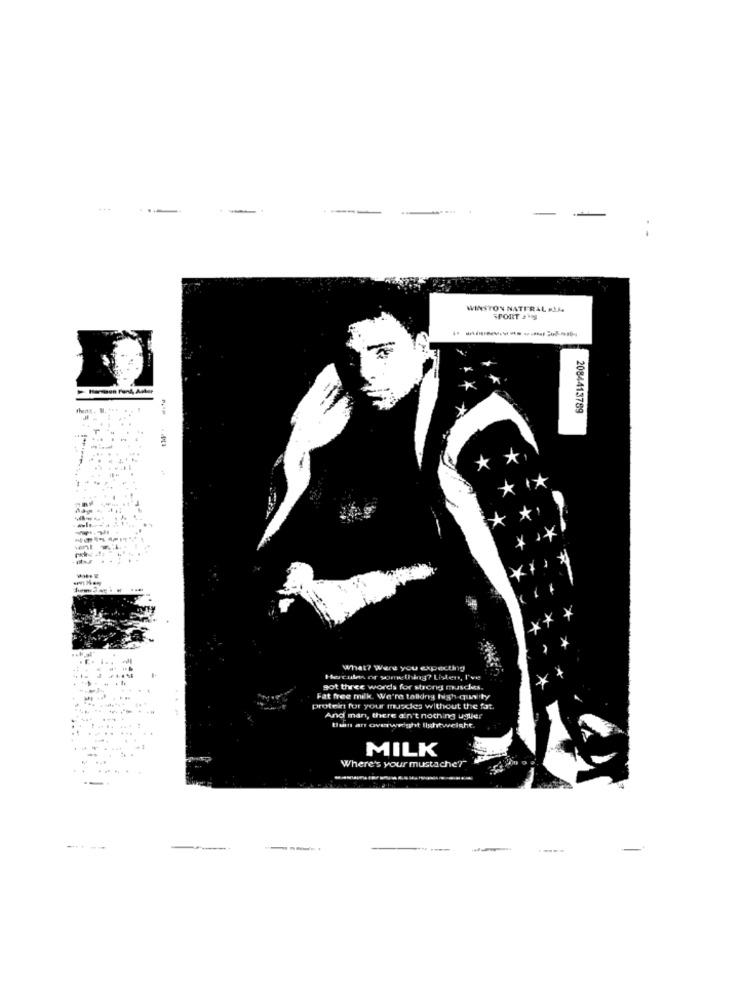
WINSTON NATURAL MIM
SPORT ANS
----------
2084413789
What? Were you expecting
Hercules or something? Listen, I've
got three words for strong muscles.
Fat free milk. We're talldny high quality
protein for your muscles without the fat.
And man, there ain't nothing uglier
tian ans overweight lightweight.
MILK
Where's your mustache?"
---